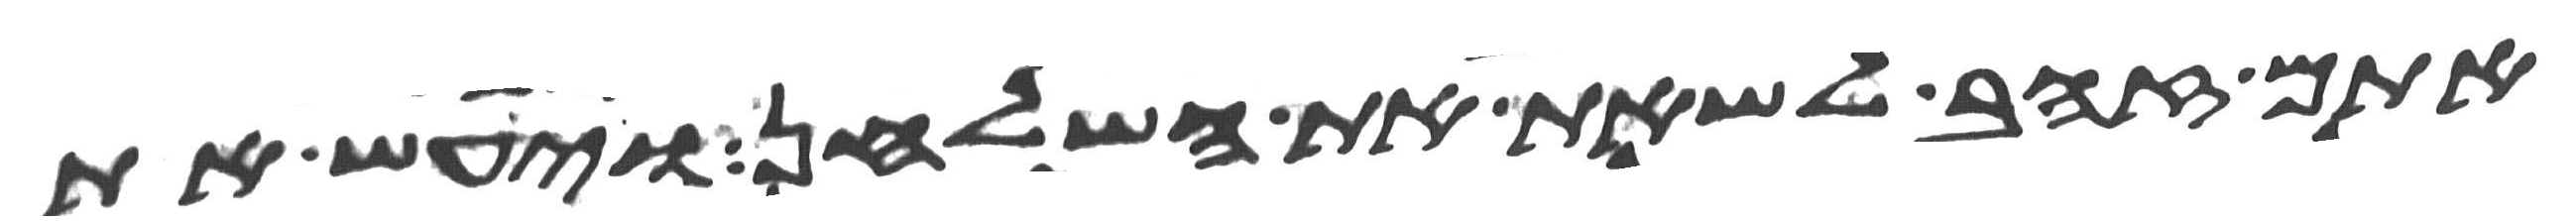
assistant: אתם זהב לשאת את השלחן ויעש את